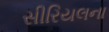
સીરિયલના